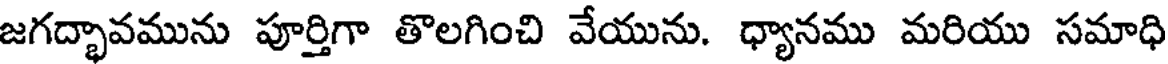
జగద్భావమును పూర్తిగా తొలగించి వేయును. ధ్యానము మరియు సమాధి